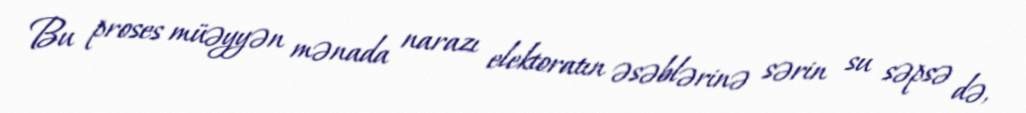
Bu proses müəyyən mənada narazı elektoratın əsəblərinə sərin su səpsə də,